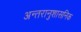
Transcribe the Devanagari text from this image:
अन्तरानुशासनिक